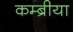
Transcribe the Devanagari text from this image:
कम्ब्रीया